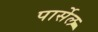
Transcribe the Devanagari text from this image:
पार्सेल